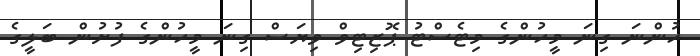
ހުންނަ ގިނަ މީހުންގެ މިޓެސްޓު ޕޮޒިޓިވް ވިޔަސް ގިނަ މީހުންގެ ފުށުން ބަލީގެ